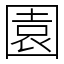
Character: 園